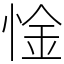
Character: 惍